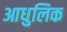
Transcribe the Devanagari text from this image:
आधुलिक